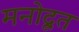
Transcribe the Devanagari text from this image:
मनोदूत